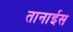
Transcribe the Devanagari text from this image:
तानाईस